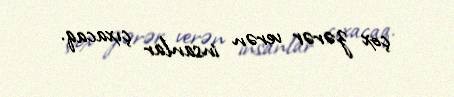
çox zərər verən insanlar çıxacaq.